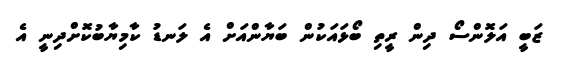
ޒަބީ އަލޮންސޯ ދިން ރީތި ބޯޅައަކުން ބަޔާންއަށް އެ ލަނޑު ކާމިޔާބުކޮށްދިނީ އެ